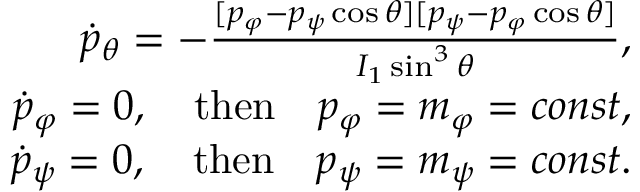
\begin{array} { r } { \dot { p } _ { \theta } = - \frac { [ p _ { \varphi } - p _ { \psi } \cos \theta ] [ p _ { \psi } - p _ { \varphi } \cos \theta ] } { I _ { 1 } \sin ^ { 3 } \theta } , } \\ { \dot { p } _ { \varphi } = 0 , \quad \mathrm { t h e n } \quad p _ { \varphi } = m _ { \varphi } = c o n s t , } \\ { \dot { p } _ { \psi } = 0 , \quad \mathrm { t h e n } \quad p _ { \psi } = m _ { \psi } = c o n s t . } \end{array}